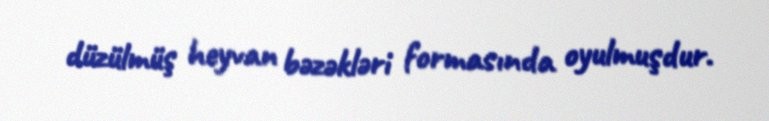
düzülmüş heyvan bəzəkləri formasında oyulmuşdur.